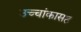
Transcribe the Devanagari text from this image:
उच्चांकासह